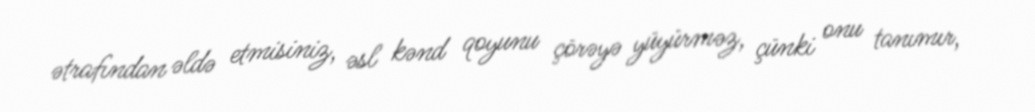
ətrafından əldə etmisiniz, əsl kənd qoyunu çörəyə yüyürməz, çünki onu tanımır,